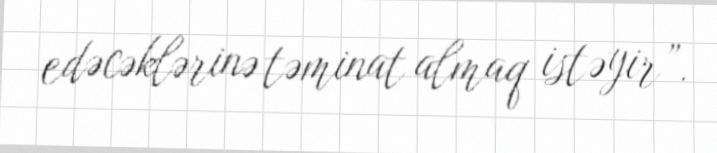
edəcəklərinə təminat almaq istəyir”.